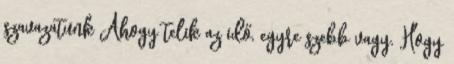
szavazatunk Ahogy telik az idő, egyre szebb vagy. Hogy